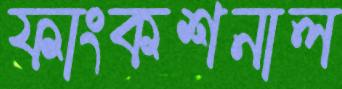
ফাংকশনাল